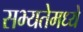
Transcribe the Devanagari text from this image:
सभ्यतेमध्ये